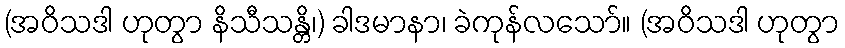
(အဝိသဒါ ဟုတွာ နိသီသန္တိ၊) ခါဒမာနာ၊ ခဲကုန်လသော်။ (အဝိသဒါ ဟုတွာ